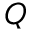
Q